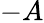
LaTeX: -A